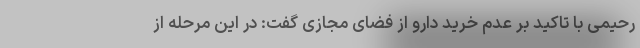
رحیمی با تاکید بر عدم خرید دارو از فضای مجازی گفت: در این مرحله از